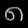
Digit: ၈